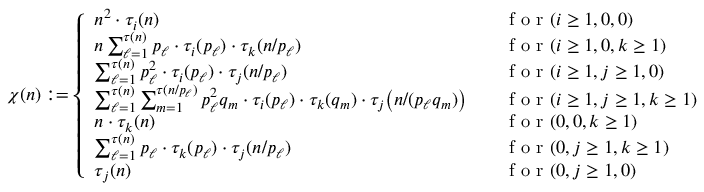
\chi ( n ) : = \left\{ \begin{array} { l l } { n ^ { 2 } \cdot \tau _ { i } ( n ) \quad } & { \textnormal { f o r } ( i \geq 1 , 0 , 0 ) \smallskip } \\ { n \sum _ { \ell = 1 } ^ { \tau ( n ) } p _ { \ell } \cdot \tau _ { i } ( p _ { \ell } ) \cdot \tau _ { k } ( n / p _ { \ell } ) \quad } & { \textnormal { f o r } ( i \geq 1 , 0 , k \geq 1 ) \smallskip } \\ { \sum _ { \ell = 1 } ^ { \tau ( n ) } p _ { \ell } ^ { 2 } \cdot \tau _ { i } ( p _ { \ell } ) \cdot \tau _ { j } ( n / p _ { \ell } ) \quad } & { \textnormal { f o r } ( i \geq 1 , j \geq 1 , 0 ) \smallskip } \\ { \sum _ { \ell = 1 } ^ { \tau ( n ) } \sum _ { m = 1 } ^ { \tau ( n / p _ { \ell } ) } p _ { \ell } ^ { 2 } q _ { m } \cdot \tau _ { i } ( p _ { \ell } ) \cdot \tau _ { k } ( q _ { m } ) \cdot \tau _ { j } \big ( n / ( p _ { \ell } q _ { m } ) \big ) \quad } & { \textnormal { f o r } ( i \geq 1 , j \geq 1 , k \geq 1 ) } \\ { n \cdot \tau _ { k } ( n ) \quad } & { \textnormal { f o r } ( 0 , 0 , k \geq 1 ) \smallskip } \\ { \sum _ { \ell = 1 } ^ { \tau ( n ) } p _ { \ell } \cdot \tau _ { k } ( p _ { \ell } ) \cdot \tau _ { j } ( n / p _ { \ell } ) \quad } & { \textnormal { f o r } ( 0 , j \geq 1 , k \geq 1 ) \smallskip } \\ { \tau _ { j } ( n ) \quad } & { \textnormal { f o r } ( 0 , j \geq 1 , 0 ) \smallskip } \end{array} \right.